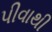
પીવાથી